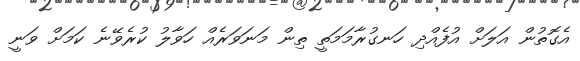
އެގޮތުން އަލަށް އުފެއްދި ހަނގުރާމަމަތީ ތިން މަނަވަރެއް ހަވާލު ކުރެވޭނެ ކަމަށް ވަނީ